Report of the Imperial Institute of Veterinary Research, Muktesar
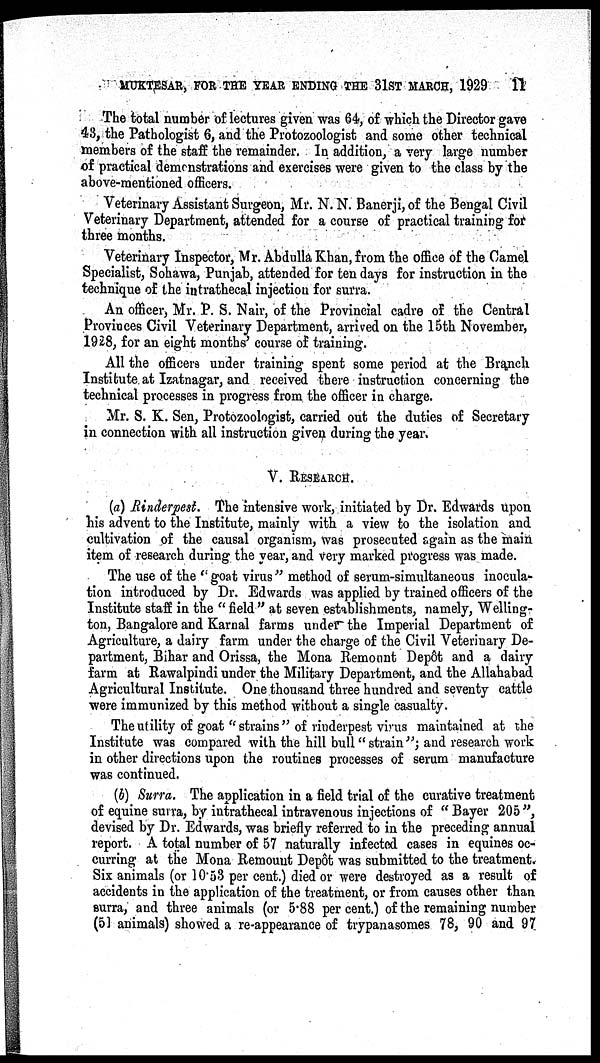
MUKTESAR, FOR THE YEAR ENDING THE 31ST MARCH, 1929
11
The total number of lectures given was 64, of which the Director gave
43, the Pathologist 6, and the Protozoologist and some other technical
members of the staff the remainder. In addition, a very large number
of practical demonstrations and exercises were given to the class by the
above-mentioned officers.
Veterinary Assistant Surgeon, Mr. N. N. Banerji, of the Bengal Civil
Veterinary Department, attended for a course of practical training for
three months.
Veterinary Inspector, Mr. Abdulla Khan, from the office of the Camel
Specialist, Sohawa, Punjab, attended for ten days for instruction in the
technique of the intrathecal injection for surra.
An officer, Mr. P. S. Nair, of the Provincial cadre of the Central
Provinces Civil Veterinary Department, arrived on the 15th November,
1928, for an eight months' course of training.
All the officers under training spent some period at the Branch.
Institute at Izatnagar, and received there instruction concerning the
technical processes in progress from the officer in charge.
Mr. S. K. Sen, Protozoologist, carried out the duties of Secretary
in connection with all instruction given during the year.
V. RESEARCH.
(a) Rinderpest. The intensive work, initiated by Dr. Edwards upon
his advent to the Institute, mainly with a view to the isolation and
cultivation of the causal organism, was prosecuted again as the main
item of research during the year, and very marked progress was made.
The use of the " goat virus " method of serum-simultaneous inocula¬
tion introduced by Dr. Edwards was applied by trained officers of the
Institute staff in the " field " at seven establishments, namely, Welling-
ton, Bangalore and Karnal farms under the Imperial Department of
Agriculture, a dairy farm under the charge of the Civil Veterinary De-
partment, Bihar and Orissa, the Mona Remount Depôt and a dairy
farm at Rawalpindi under the Military Department, and the Allahabad
Agricultural Institute. One thousand three hundred and seventy cattle
were immunized by this method without a single casualty.
The utility of goat "strains" of rinderpest virus maintained at the
Institute was compared with the hill bull " strain "; and research work
in other directions upon the routines processes of serum manufacture
was continued.
(b) Surra. The application in a field trial of the curative treatment
of equine surra, by intrathecal intravenous injections of " Bayer 205 ",
devised by Dr. Edwards, was briefly referred to in the preceding annual
report. A total number of 57 naturally infected cases in equines oc-
curring at the Mona Remount Depôt was submitted to the treatment.
Six animals (or 10.53 per cent.) died or were destroyed as a result of
accidents in the application of the treatment, or from causes other than
surra, and three animals (or 5.88 per cent.) of the remaining number
(51 animals) showed a re-appearance of trypanasomes 78, 90 and 97